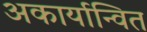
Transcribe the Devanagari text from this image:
अकार्यान्वित